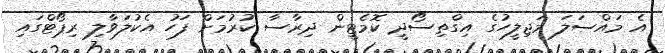
އެ މައްސަލަ މަޖިލީހުގެ އިގްތިސޯދީ ކޮމެޓީން ދިރާސާ ކުުރުމަށް ފަހު އެކުލަވާލި ރިޕޯޓްގައި